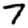
Digit: 7